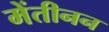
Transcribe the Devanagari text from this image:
मेंतीनन